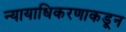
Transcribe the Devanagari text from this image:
न्यायाधिकरणाकडून